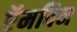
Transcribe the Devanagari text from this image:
ऍमविन